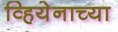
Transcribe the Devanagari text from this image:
व्हियेनाच्या